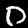
Digit: 0